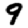
Digit: 9